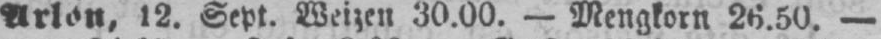
Arlon 12. Sept. Weizen 30.00. - Mengkorn 26.50. -